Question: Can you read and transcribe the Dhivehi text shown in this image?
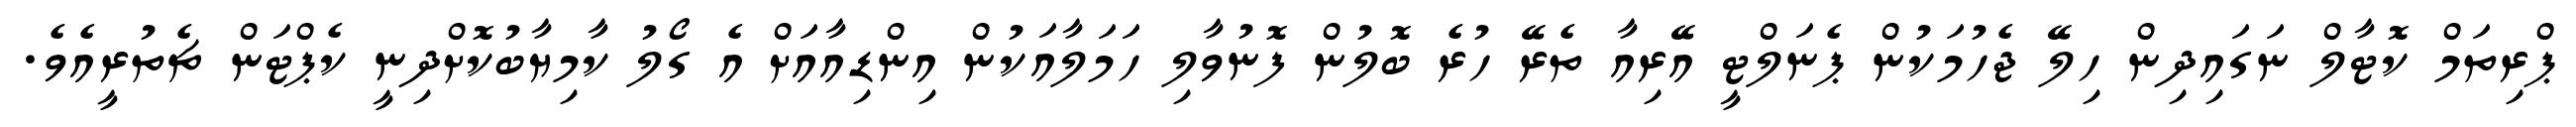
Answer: ޕްރިތަމް ކޮޓާލް ނަގައިދިން ހިލޭ ޖެހުމަކުން ޕެނަލްޓީ އޭރިއާ ތެރޭ ހުރެ ބޮލުން ފޮނުވާލި ހަމަލާއަކުން އިންޑިއާއަށް އެ ގޯލު ކާމިޔާބުކޮށްދިނީ ކެޕްޓަން ޗެތުރީއެވެ.